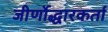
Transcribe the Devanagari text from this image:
जीर्णोद्धारकर्ता